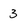
Character: 3